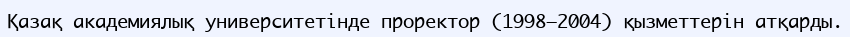
Қазақ академиялық университетінде проректор (1998–2004) қызметтерін атқарды.